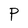
Character: P